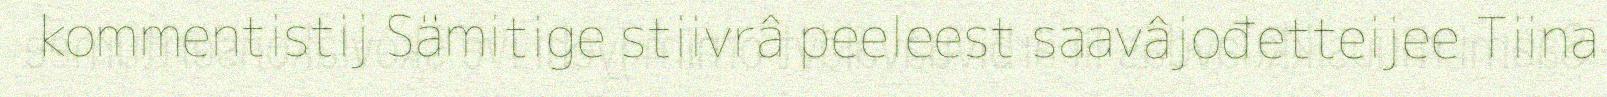
kommentistij Sämitige stiivrâ peeleest saavâjođetteijee Tiina